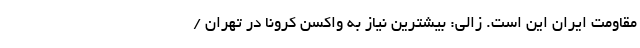
مقاومت ایران این است. زالی: بیشترین نیاز به واکسن کرونا در تهران /